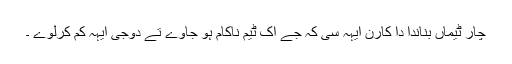
چار ٹیماں بناندا دا کارن ایہہ سی کہ جے اک ٹیم ناکام ہو جاوے تے دوجی ایہہ کم کرلوے ۔